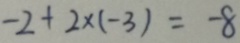
- 2 + 2 \times ( - 3 ) = - 8